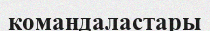
командаластары